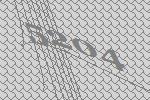
5204